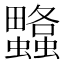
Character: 𧕌